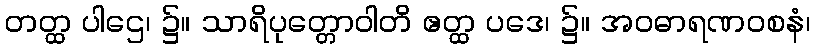
တတ္ထ ပါဌေ၊ ၌။ သာရိပုတ္တောဝါတိ ဧတ္ထ ပဒေ၊ ၌။ အဝဓာရဏဝစနံ၊